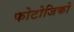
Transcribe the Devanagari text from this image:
फोटोजिको